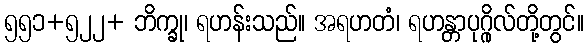
၅၅၁+၅၂၂+ ဘိက္ခု၊ ရဟန်းသည်။ အရဟတံ၊ ရဟန္တာပုဂ္ဂိုလ်တို့တွင်။